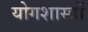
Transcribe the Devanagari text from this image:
योगशास्त्रों